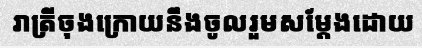
រាត្រីចុងក្រោយនឹងចូលរួមសម្តែងដោយ